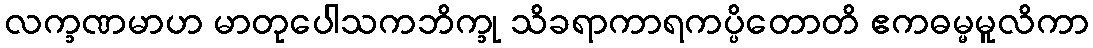
လက္ခဏမာဟ မာတုပေါသကဘိက္ခု သိခရာကာရကပ္ပိတောတိ ဧကဓမ္မမူလိကာ